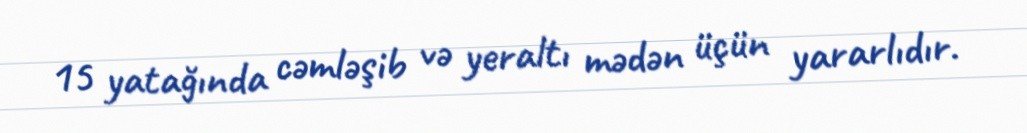
15 yatağında cəmləşib və yeraltı mədən üçün yararlıdır.